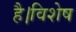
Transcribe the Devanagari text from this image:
है।विशेष